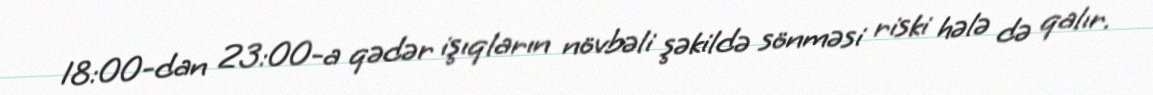
18:00-dan 23:00-a qədər işıqların növbəli şəkildə sönməsi riski hələ də qalır.